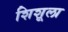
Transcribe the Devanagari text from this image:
शिशूला